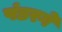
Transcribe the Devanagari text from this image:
पंडरगे